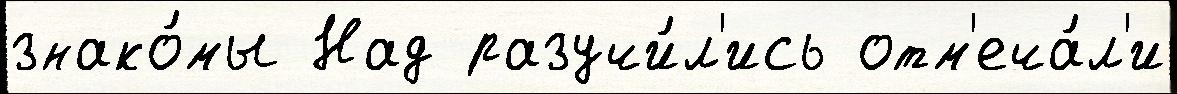
знако́мы Над разучи́л'ись отм'еча́л'и